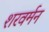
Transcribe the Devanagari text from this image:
शरवर्मन